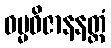
ဓမ္မဝိဇာနနတ္ထံ